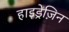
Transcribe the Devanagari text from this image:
हाइड्रेज़िन